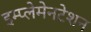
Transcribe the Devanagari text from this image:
इम्प्लेमेनटेशन